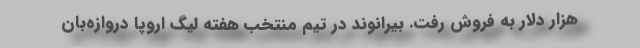
هزار دلار به فروش رفت. بیرانوند در تیم منتخب هفته لیگ اروپا دروازه‌بان